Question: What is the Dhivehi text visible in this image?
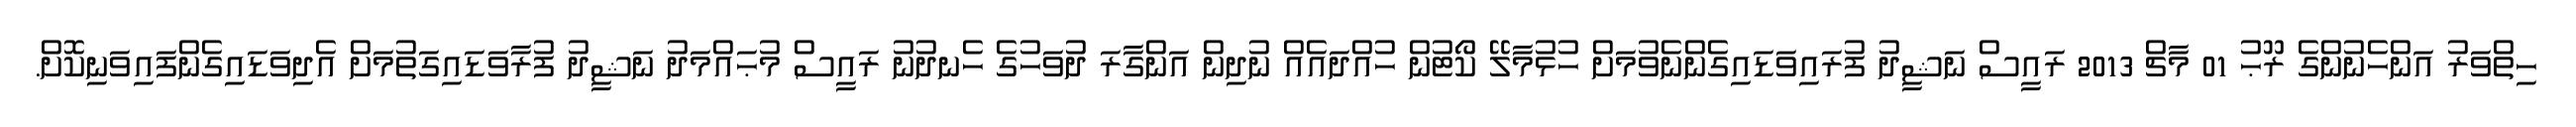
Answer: ހިތްވަރު އަންހެނުންގެ ރޫޙު 01 މާޗް 2013 ރައީސް ނަޝީދު ފުރައިވަޑައިގެންނެވުމަށް ހުޅުމާލޭ ކޯޓުން ހުއްދައެއް ނުދިން އަންގާރަ ދުވަހުގެ ހެނދުނު ރައީސް މުޙައްމަދު ނަޝީދު ފުރާވަޑައިގަތުމަށް އެދިވަޑައިގެންފައިވަނިކޮށް.